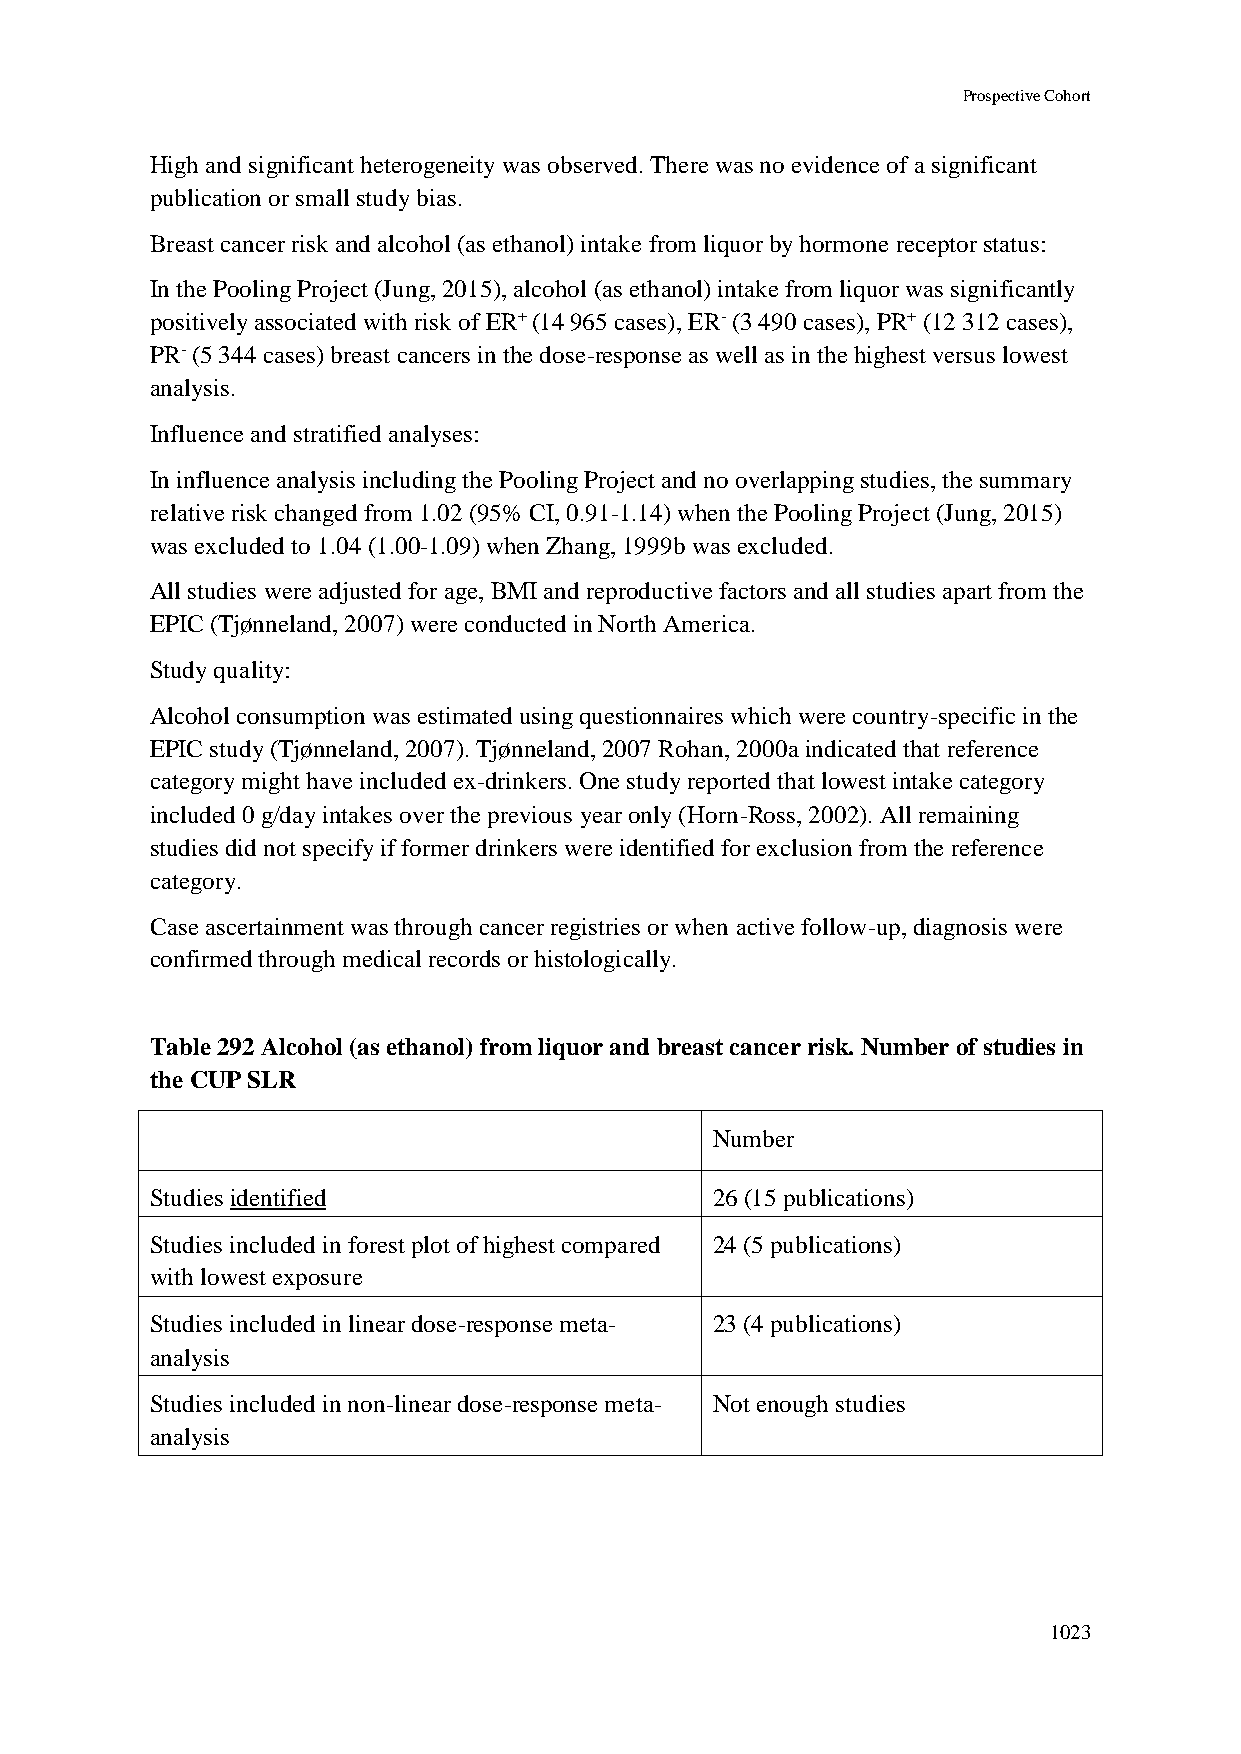
Prospective Cohort
 High and significant heterogeneity was observed. There was no evidence of a significant
 publication or small study bias.
 Breast cancer risk and alcohol (as ethanol) intake from liquor by hormone receptor status:
 In the Pooling Project (Jung, 2015), alcohol (as ethanol) intake from liquor was significantly
 positively associated with risk of ER+ (14 965 cases), ER- (3 490 cases), PR+ (12 312 cases),
 PR- (5 344 cases) breast cancers in the dose-response as well as in the highest versus lowest
 analysis.
 Influence and stratified analyses:
 In influence analysis including the Pooling Project and no overlapping studies, the summary
 relative risk changed from 1.02 (95% CI, 0.91-1.14) when the Pooling Project (Jung, 2015)
 was excluded to 1.04 (1.00-1.09) when Zhang, 1999b was excluded.
 All studies were adjusted for age, BMI and reproductive factors and all studies apart from the
 EPIC (Tjønneland, 2007) were conducted in North America.
 Study quality:
 Alcohol consumption was estimated using questionnaires which were country-specific in the
 EPIC study (Tjønneland, 2007). Tjønneland, 2007 Rohan, 2000a indicated that reference
 category might have included ex-drinkers. One study reported that lowest intake category
 included 0 g/day intakes over the previous year only (Horn-Ross, 2002). All remaining
 studies did not specify if former drinkers were identified for exclusion from the reference
 category.
 Case ascertainment was through cancer registries or when active follow-up, diagnosis were
 confirmed through medical records or histologically.
 Table 292 Alcohol (as ethanol) from liquor and breast cancer risk. Number of studies in
 the CUP SLR
 Number
 Studies identified                   26 (15 publications)
 Studies included in forest plot of highest compared 24 (5 publications)
 with lowest exposure
 Studies included in linear dose-response meta- 23 (4 publications)
 analysis
 Studies included in non-linear dose-response meta- Not enough studies
 analysis
 1023